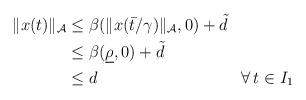
LaTeX: \begin{align*}\begin{aligned}\|x(t)\|_{\mathcal{A}} & \le \beta(\|x(\bar{t}/\gamma)\|_{\mathcal{A}},0) + \tilde{d}\\ & \le \beta(\underline{\rho},0) + \tilde{d}\\ & \le d && \forall\, t \in I_1\end{aligned}\end{align*}